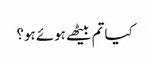
کیا تم بیٹھے ہوئے ہو؟